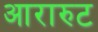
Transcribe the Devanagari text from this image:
आरारुट